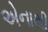
એનાથી